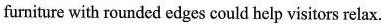
furniture with rounded edges could help visitors relax.